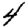
Digit: 4